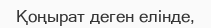
Қоңырат деген елінде,